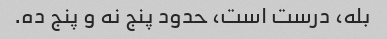
بله، درست است، حدود پنج نه و پنج ده.